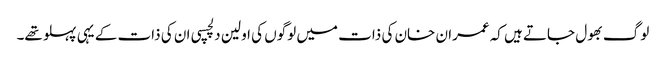
لوگ بھول جاتے ہیں کہ عمران خان کی ذات میں لوگوں کی اولین دلچسپی ان کی ذات کے یہی پہلو تھے۔